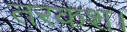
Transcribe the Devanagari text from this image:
तरकश।